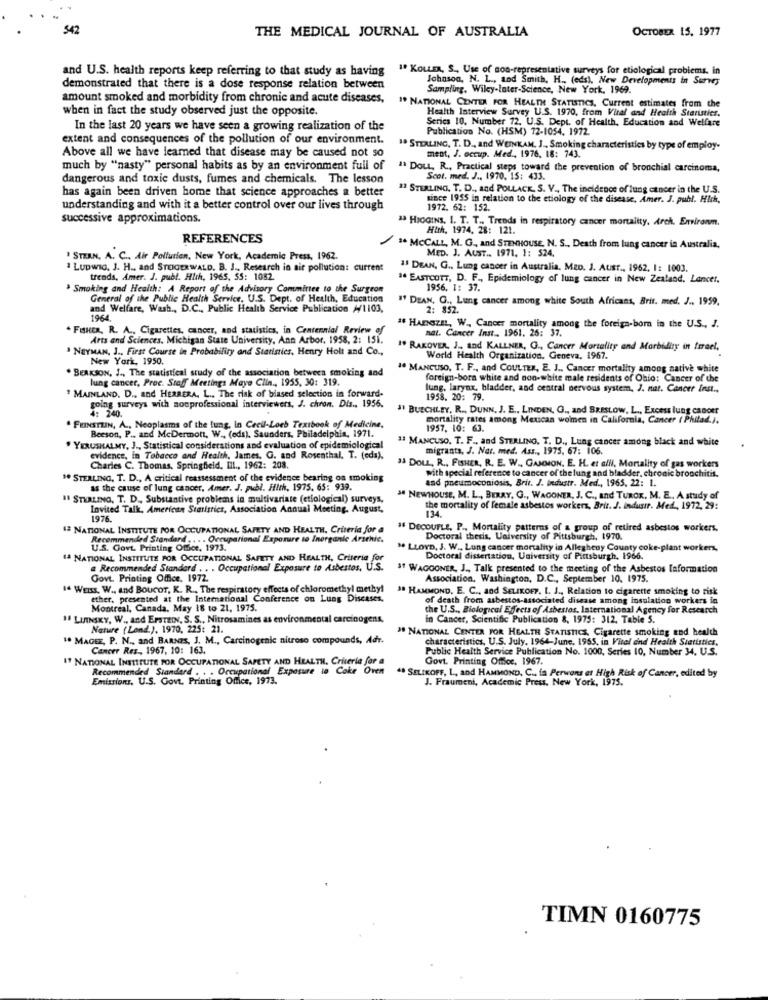
542
THE MEDICAL JOURNAL OF AUSTRALIA
OCTOBER 15, 1977
and U.S. health reports keep referring to that study as having
1º KOLLER, S ., Use of non-representative surveys for etiological problems. in
Johnson, N. L ., and Smith, H ., (eds), New Developments in Survey
demonstrated that there is a dose response relation between
Samplurg, Wiley-Inter-Science, New York. 1969.
amount smoked and morbidity from chronic and acute diseases,
1º NATIONAL CENTER FOR HEALTH STATISTICS, Current estimates from the
when in fact the study observed just the opposite.
Health Interview Survey U.S. 1970, from Viral and Health Statistics.
Series 10, Number 72. U.S. Dept. of Health, Education and Welfare
In the last 20 years we have seen a growing realization of the
Publication No. (HSM) 72-1054. 1972.
extent and consequences of the pollution of our environment.
1º STERLING, T. D ., and WEINKAM, J ., Smoking characteristics by type of employ-
ment, J. occup. Med ., 1976, 18: 743.
Above all we have learned that disease may be caused not so
much by "nasty" personal habits as by an environment full of
# DouL, R ., Practical steps toward the prevention of bronchial carcinoma,
dangerous and toxic dusts, fumes and chemicals. The lesson
Scot. med. J ., 1970, 15: 433.
has again been driven home that science approaches a better
11 STERLING. T. D ., and POLLACK, S. V ., The incidence of lung cancer in the U.S.
since 1955 in relation to the etiology of the disease. Amer. J. publ. Hich,
understanding and with it a better control over our lives through
1972. 62: 152.
successive approximations.
13 HIGGINS. I. T. T ., Trends in respiratory cancer mortality, Arch. Environm.
With, 1974, 28: 121.
REFERENCES
" MCCALL, M. G ., and STENHOUSE, N. S ., Death from lung cancer in Australia,
MED. J. AUST .. 1971. 1: 524.
STERN, A. C ., Air Pollution, New York, Academic Press, 1962.
. Ludwig, J. H ., and STEIGERWALD. B. J ., Research in air pollution: current
11 DEAN, G ., Lung cancer in Australia, Meo. J. Aust ., 1962, I: 1003.
trends, Amer. J. publ. Hich, 1965, SS: 1082.
# EASTCOTT, D. F ., Epidemiology of lung cancer in New Zealand, Lancer.
* Smoking and Health: A Report of the Advisory Committee to the Surgeon
1956, 1: 37.
General of the Public Health Service, U.S. Dept. of Health, Education
19 DEAN, G ., Lung cancer among white South Africans, Brit. med, J ., 1959.
and Welfare, Wash ., D.C ., Public Health Service Publication //1103,
2: 852.
1964.
" FISHER, R. A ., Cigarettes, cancer, and statistics, in Centennial Review of
# HARSZIL, W ., Cancer mortality among the foreign-born in the U.S ., J.
nat. Cancer Inst .. 1961. 25: 37.
Arts and Sciences. Michigan State University, Ann Arbor. 1958, 2: 151.
NEYMAN, J ., First Course in Probability and Statistics, Henry Holt and Co .,
" RAKOVER, J ., and KALLNER, G ., Cancer Mortality and Morbidity in frrael,
New York, 1950.
World Health Organization. Geneva, 1967.
. BEAKSON, J ., The statistical study of the association between smoking and
1º MANCUSO. T. F ., and COULTER, E. J ., Cancer mortality among native white
lung cancer, Proc. Staff Meetings Mayo Clin ., 1955, 30: 319.
foreign-bora white and non-white male residents of Ohio: Cancer of the
lung. larynx, bladder, and central nervous system, J. nat. Cancer Inst .,
" MAINLAND. D ., and HERRERA. L ., The risk of biased selection in forward-
1958, 20: 79.
going surveys with nonprofessional interviewers, J. chron. Dis ., 1956.
: 240.
J BUECHLEY, R ., DUNN, J. E ., LINDEN, G ., and BRESLOW, L ., Excess lung cancer
. FEINSTEIN, A ., Neoplasms of the tung, In Cecil-Loeb Textbook of Medicine,
mortality rates among Mexican women in California, Cancer ( Philad.).
Beeson, P .. and McDermott, W ., (eds), Saunders, Philadelphia, 1971.
957, 10: 63.
" MANCUSO. T. F ., and STERLING, T. D ., Lung cancer among black and white
. YERUSHALMY, J ., Statistical considerations and evaluation of epidemiological
migrants, J. Nar. med. Ass ., 1975, 67: 106.
evidence, in Tobacco and Health, James. G. and Rosenthal, T. (eds),
Charles C. Thomas, Springfield. Ill ., 1962: 208.
" DOLL, R ., FISHER, R. E. W ., GAMMON. E. H. et alli, Mortality of gas workers
with special reference to cancer of the lung and bladder, chronic bronchitis.
** STERLING, T. D ., A critical reassessment of the evidence bearing on smoking
and pneumoconiosis, Brit. J. industr. Med ., 1965, 22: 1.
as the cause of lung cancer, Amer. J. publ. Hith, 1975. 65: 939.
" STERLING, T. D ., Substantive problems in multivariate (etiological) surveys,
3 NEWHOUSE, M. L ., BERRY, G ., WAGONER, J. C ., and TURCK, M. E ., A study of
Invited Talk, American Statistics, Association Annual Meeting. August,
the mortality of female asbestos workers, Brit. J. industr. Med ., 1972, 29:
134.
1976
13 NATIONAL INSTITUTE FOR OCCUPATIONAL SAFETY AND HEALTH, Criteria for a
#8 DECOUPLE, P ., Mortality patterns of a group of retired asbestos workers.
Recommended Standard .... Occupational Exposure to Inorganic Arachic.
Doctoral thesis, University of Pittsburgh, 1970.
U.S. Govt. Printing Office, 1973.
" LLOYD, J. W ., Lung cancer mortality in Allegheny County coke-plant workers.
1ª NATIONAL INSTITUTE FOR OCCUPATIONAL SAFETY AND HEALTH, Criteria for
Doctoral dissertation, University of Pittsburgh, 1966.
Recommended Standard . . . Occupational Exposure to Asbestos, U.S.
31 WAGGONER, J ., Talk presented to the meeting of the Asbestos laformation
Govt. Printing Office. 1972.
Association, Washington, D.C ., September 10. 1975.
14 WEISS. W .. and BOUCOT, K. R ., The respiratory effects of chloromethyl methyl
3ª HAMMOND, E. C ., and SELIKOFF. L. J ., Relation to cigarette smoking to risk
ether, presented at the International Conference on Lung Diseases
of death from asbestos-associated disease among insulation workers in
Montreal, Canada, May 18 to 21, 1975.
the U.S ., Biological Effects of Asbestos, International Agency for Research
1 LINSKY, W ., and EPSTEIN, S. S ., Nitrosamines as environmental carcinogens,
in Cancer, Scientific Publication 8, 1975: 312. Table 5.
Nature (Lend.), 1970, 225: 21.
" NATIONAL CENTER FOR HEALTH STATISTICS, Cigarette smoking and health
1. MAGEE, P. N ., and BARNES, J. M ., Carcinogenic nitroso compounds, Adr.
characteristics, U.S. July, 1964-June, 1955, in Vitel and Health Statistics,
Cancer Res ., 1967, 10: 163.
Public Health Service Publication No. 1000, Series 10, Number 34, U.S.
IT NATIONAL INSTITUTE FOR OCCUPATIONAL SAFETY AND HEALTH, Criteria for a
Govt. Printing Office, 1967.
Recommended Standard . . . O
... Occupational Exposure in Coke Oven
49 SELIKOFF, L ., and HAMMOND, C ., in Perwons et High Risk of Cancer, edited by
Emissions, U.S. Govt. Printing Office, 1973.
J. Fraumeni, Academic Press, New York, 1975.
TIMN 0160775